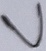
Text: V